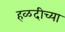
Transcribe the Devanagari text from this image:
हळदीच्या